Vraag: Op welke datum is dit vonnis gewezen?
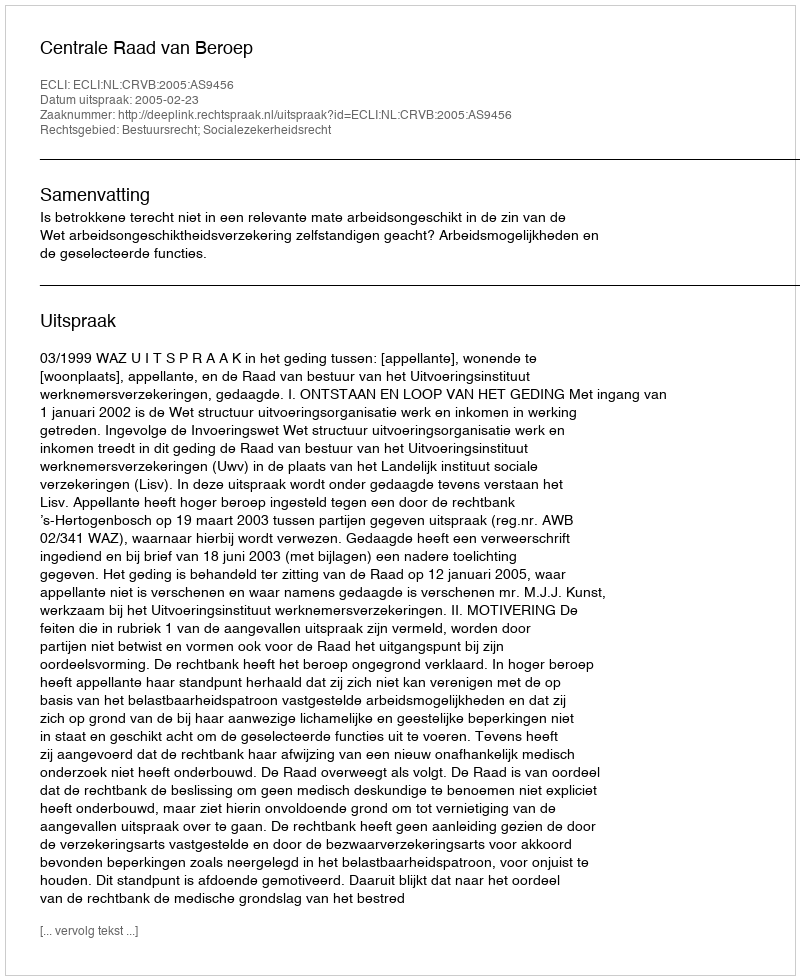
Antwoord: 2005-02-23